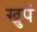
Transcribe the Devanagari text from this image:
खुपं